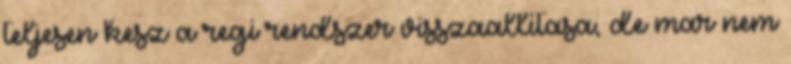
teljesen kesz a regi rendszer visszaallitasa, de mar nem